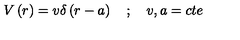
V \left( r \right) = v \delta \left( r - a \right) \quad ; \quad v , a = c t e